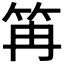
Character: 𥬕